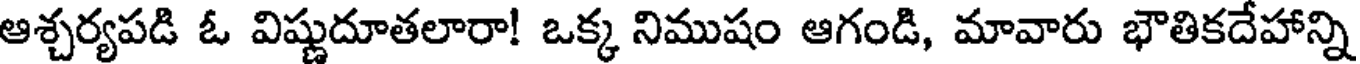
ఆశ్చర్యపడి ఓ విష్ణుదూతలారా! ఒక్క నిముషం ఆగండి, మావారు భౌతికదేహాన్ని